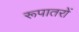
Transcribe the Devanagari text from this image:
रूपातरों